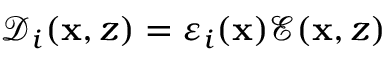
\boldsymbol { \mathcal { D } } _ { i } ( \mathbf { x } , z ) = \varepsilon _ { i } ( \mathbf { x } ) \boldsymbol { \mathcal { E } } ( \mathbf { x } , z )